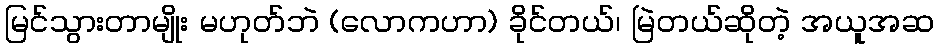
မြင်သွားတာမျိုး မဟုတ်ဘဲ (လောကဟာ) ခိုင်တယ်၊ မြဲတယ်ဆိုတဲ့ အယူအဆ